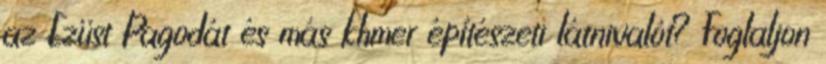
az Ezüst Pagodát és más khmer építészeti látnivalót? Foglaljon